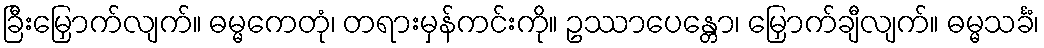
ခြီးမြှောက်လျက်။ ဓမ္မကေတုံ၊ တရားမှန်ကင်းကို။ ဥဿာပေန္တော၊ မြှောက်ချီလျက်။ ဓမ္မသင်္ခံ၊